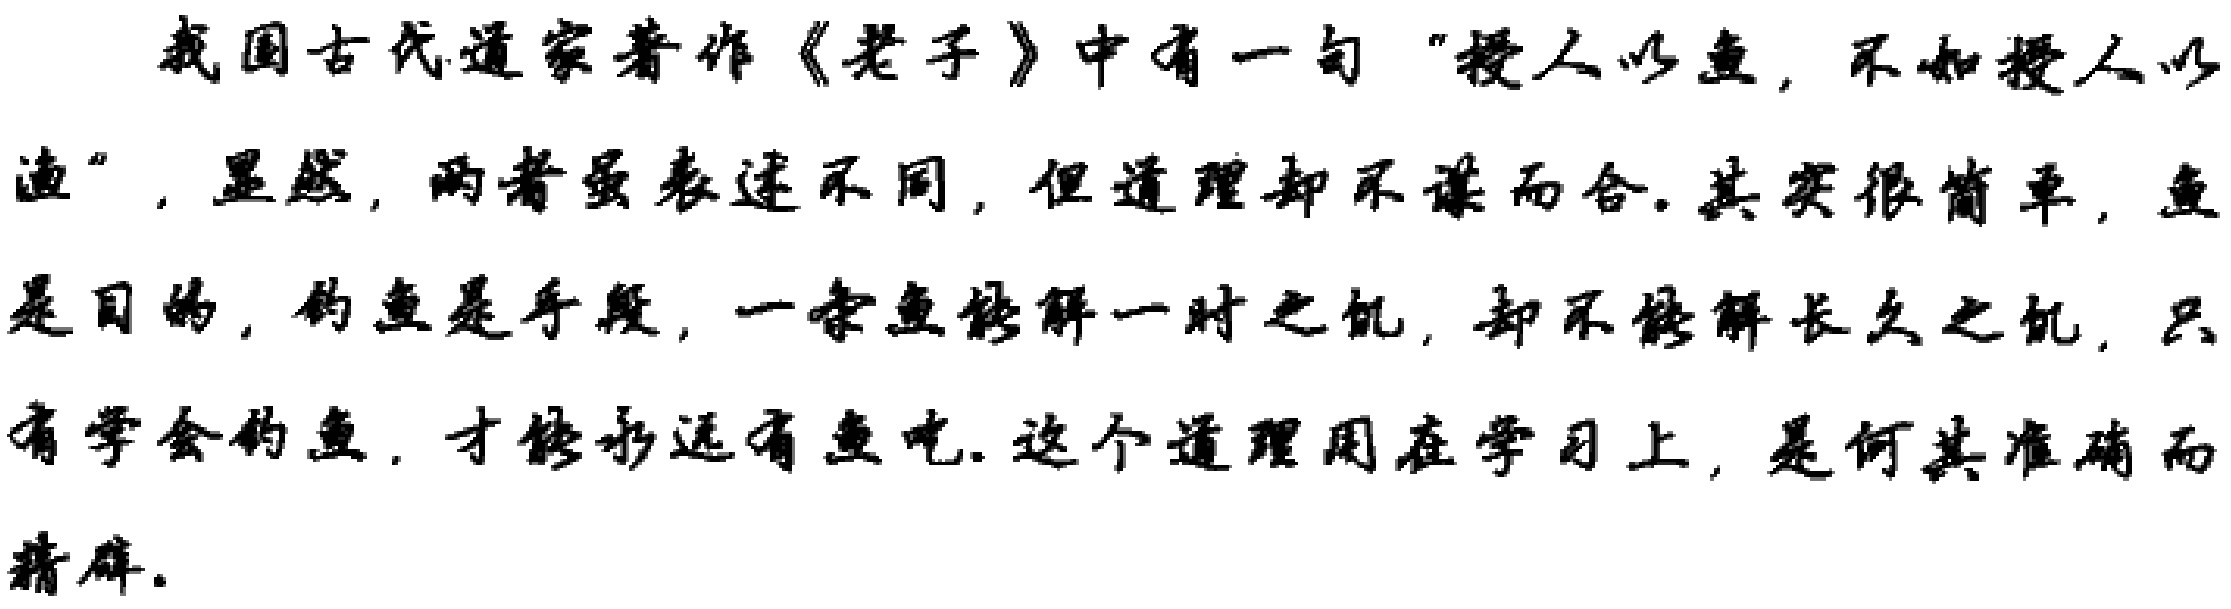
我国古代道家著作《老子》中有一句“授人以鱼，不如授人以渔”，显然，两者虽表述不同，但道理却不谋而合。其实很简单，鱼只是目的，钓鱼是手段，一条鱼能解一时之饥，却不能解长久之饥，只有学会钓鱼，才能够永远有鱼吃。这个道理用在学习上，是何其准确而精辟。